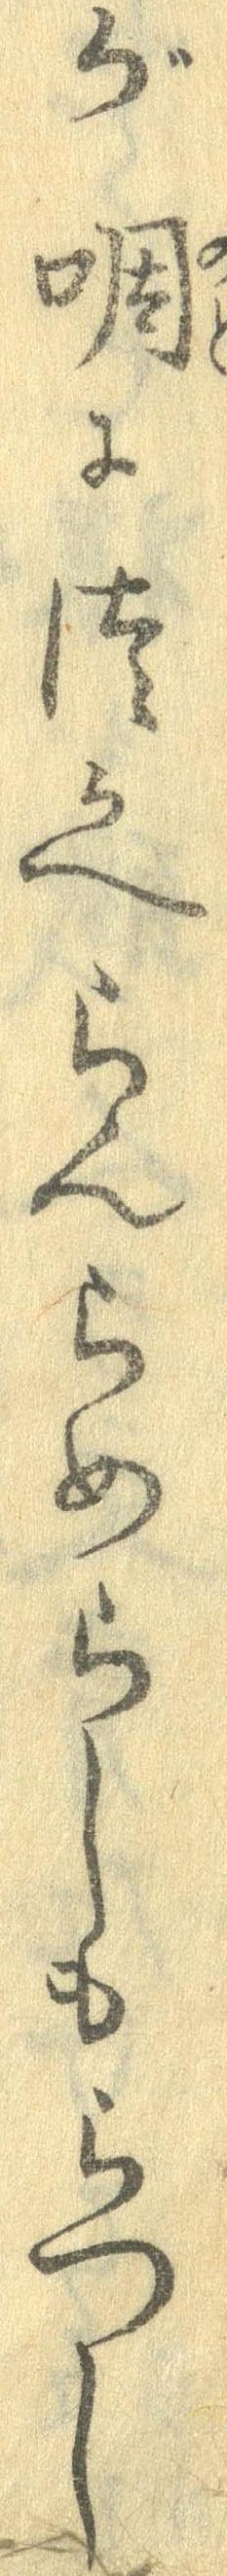
が啁につかへらんらめらしもらつし